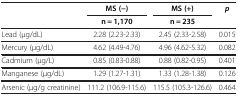
<table><thead><tr><td><b> </b></td><td><b>MS (−)</b></td><td><b>MS (+)</b></td><td><b><i>p</i></b></td></tr><tr><td><b> </b></td><td><b>n = 1,170</b></td><td><b>n = 235</b></td><td><b> </b></td></tr></thead><tbody><tr><td>Lead (μg/dL)</td><td>2.28 (2.23-2.33)</td><td>2.45 (2.33-2.58)</td><td>0.015</td></tr><tr><td>Mercury (μg/dL)</td><td>4.62 (4.49-4.76)</td><td>4.96 (4.62-5.32)</td><td>0.082</td></tr><tr><td>Cadmium (μg/L)</td><td>0.85 (0.83-0.88)</td><td>0.88 (0.82-0.95)</td><td>0.401</td></tr><tr><td>Manganese (μg/dL)</td><td>1.29 (1.27-1.31)</td><td>1.33 (1.28-1.38)</td><td>0.126</td></tr><tr><td>Arsenic (μg/g creatinine)</td><td>111.2 (106.9-115.6)</td><td>115.5 (105.3-126.6)</td><td>0.464</td></tr></tbody></table>